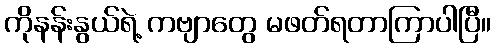
ကိုနန်းနွယ်ရဲ့ ကဗျာတွေ မဖတ်ရတာကြာပါပြီ။